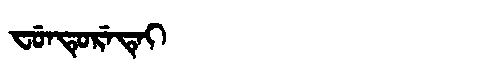
Manchu: ᠸᡠᠨᡨᡠᡵᡝᡨᡝᡳ
Romanization: FUNTURETEI